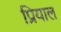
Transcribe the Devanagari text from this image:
प्रियाल